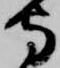
守